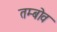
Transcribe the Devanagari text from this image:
तम्बोव